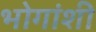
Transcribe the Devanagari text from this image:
भोगांशी